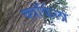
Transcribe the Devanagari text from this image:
क्वॉर्कला